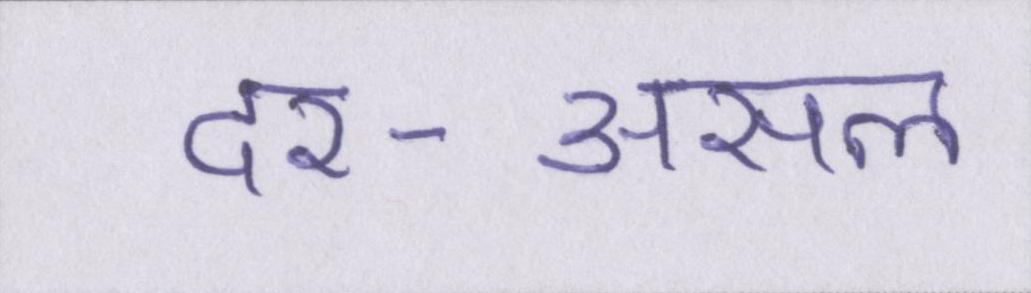
दर-असल